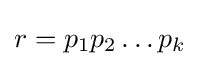
r=p_{1}p_{2}\dots p_{k}